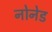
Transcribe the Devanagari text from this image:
नोनेड